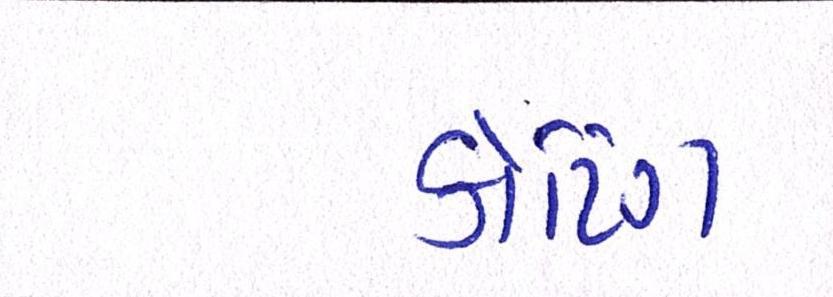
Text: કોટિંગ